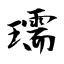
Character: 瓀